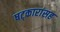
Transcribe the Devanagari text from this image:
षट्कारांसह